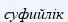
суфийлік